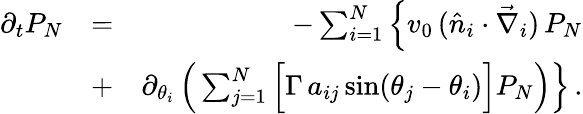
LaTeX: \begin{array}{rlr}{\partial_{t}P_{N}}&{=}&{-\sum_{i=1}^{N}\Big\{ v_{0}\, (\hat{n}_{i}\cdot\vec{\nabla}_{i})\, P_{N}}\\ &{+}&{\partial_{\theta_{i}}\, \Big(\sum_{j=1}^{N}\Big[\Gamma\, a_{ij}\, \mathrm{sin}(\theta_{j}-\theta_{i})\Big]P_{N}\Big)\Big\} \, .}\end{array}